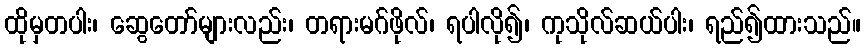
ထိုမှတပါး၊ ဆွေတော်များလည်း၊ တရားမဂ်ဖိုလ်၊ ရပါလို၍၊ ကုသိုလ်ဆယ်ပါး၊ ရည်၍ထားသည်။